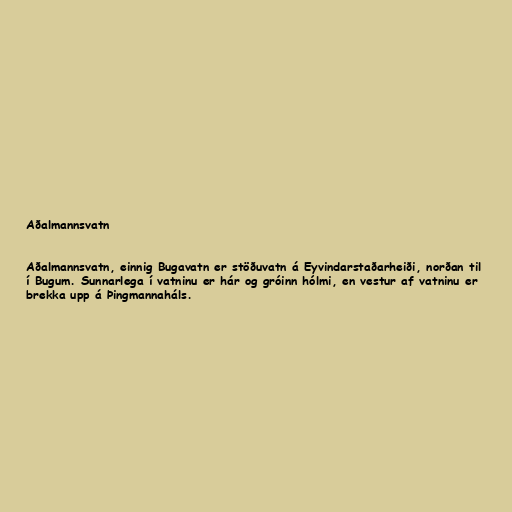
Aðalmannsvatn

Aðalmannsvatn, einnig Bugavatn er stöðuvatn á Eyvindarstaðarheiði, norðan til
í Bugum. Sunnarlega í vatninu er hár og gróinn hólmi, en vestur af vatninu er
brekka upp á Þingmannaháls.